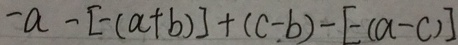
- a - [ - ( a + b ) ] + ( c - b ) - [ - ( a - c ) ]